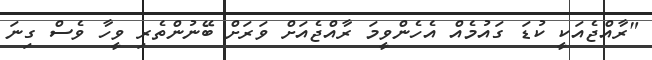
"ރާއްޖެއަކީ ކުޑަ ގައުމެއް އެހެންވީމަ ރާއްޖެއަށް ވަރަށް ބޭނުންތެރި ވީހާ ވެސް ގިނަ